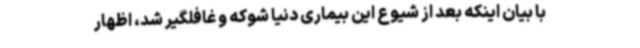
با بیان اینکه بعد از شیوع این بیماری دنیا شوکه و غافلگیر شد، اظهار